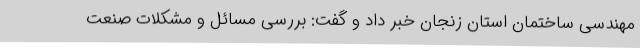
مهندسی ساختمان استان زنجان خبر داد و گفت: بررسی مسائل و مشکلات صنعت